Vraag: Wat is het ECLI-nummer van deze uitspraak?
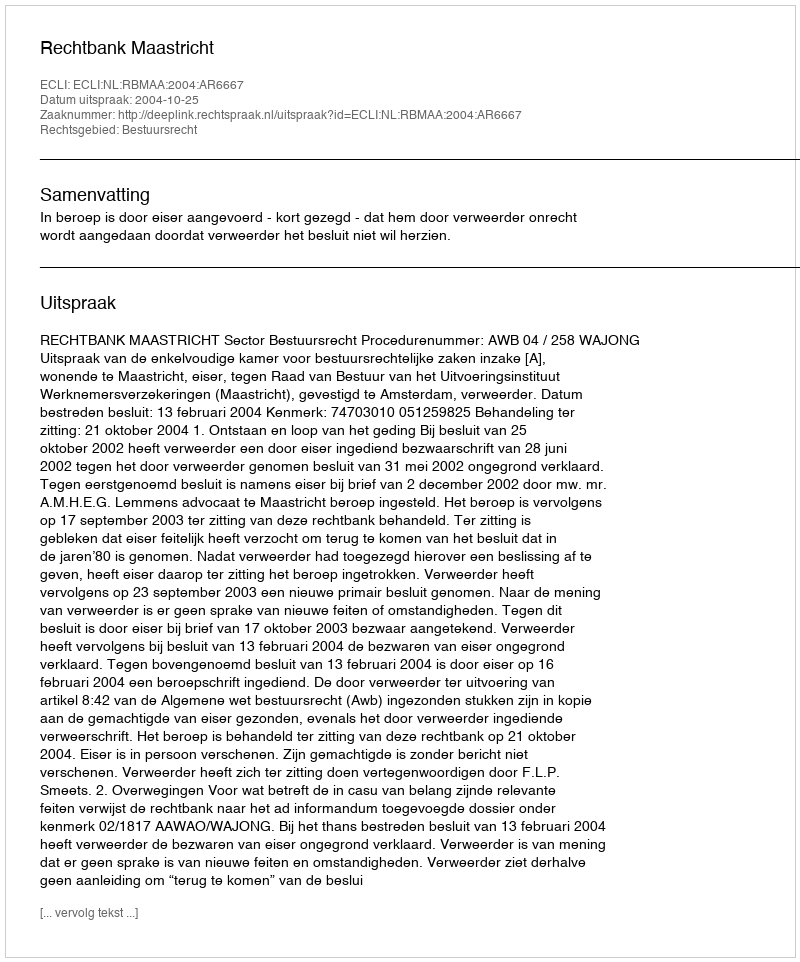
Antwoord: ECLI:NL:RBMAA:2004:AR6667